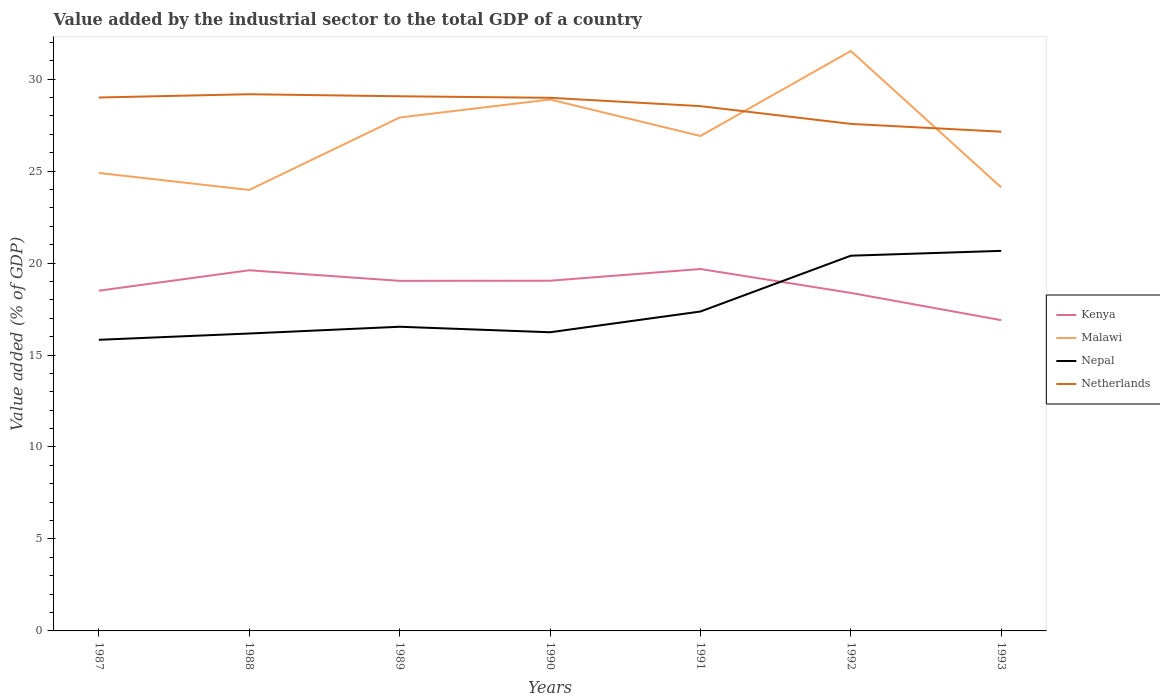
| Years | Kenya | Malawi | Nepal | Netherlands |
 | --- | --- | --- | --- | --- |
 | 1987 | 18.5 | 24.9 | 15.8 | 29 |
 | 1988 | 19.6 | 24 | 16.2 | 29.2 |
 | 1989 | 19 | 27.9 | 16.5 | 29.1 |
 | 1990 | 19 | 28.9 | 16.2 | 29 |
 | 1991 | 19.7 | 26.9 | 17.4 | 28.5 |
 | 1992 | 18.4 | 31.5 | 20.4 | 27.6 |
 | 1993 | 16.9 | 24.1 | 20.7 | 27.1 |